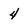
Character: 4